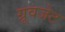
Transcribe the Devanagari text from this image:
ग्रूवजेट